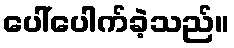
ပေါ်ပေါက်ခဲ့သည်။